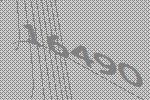
16490